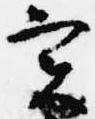
実